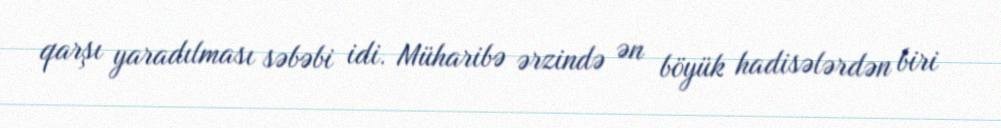
qarşı yaradılması səbəbi idi. Müharibə ərzində ən böyük hadisələrdən biri